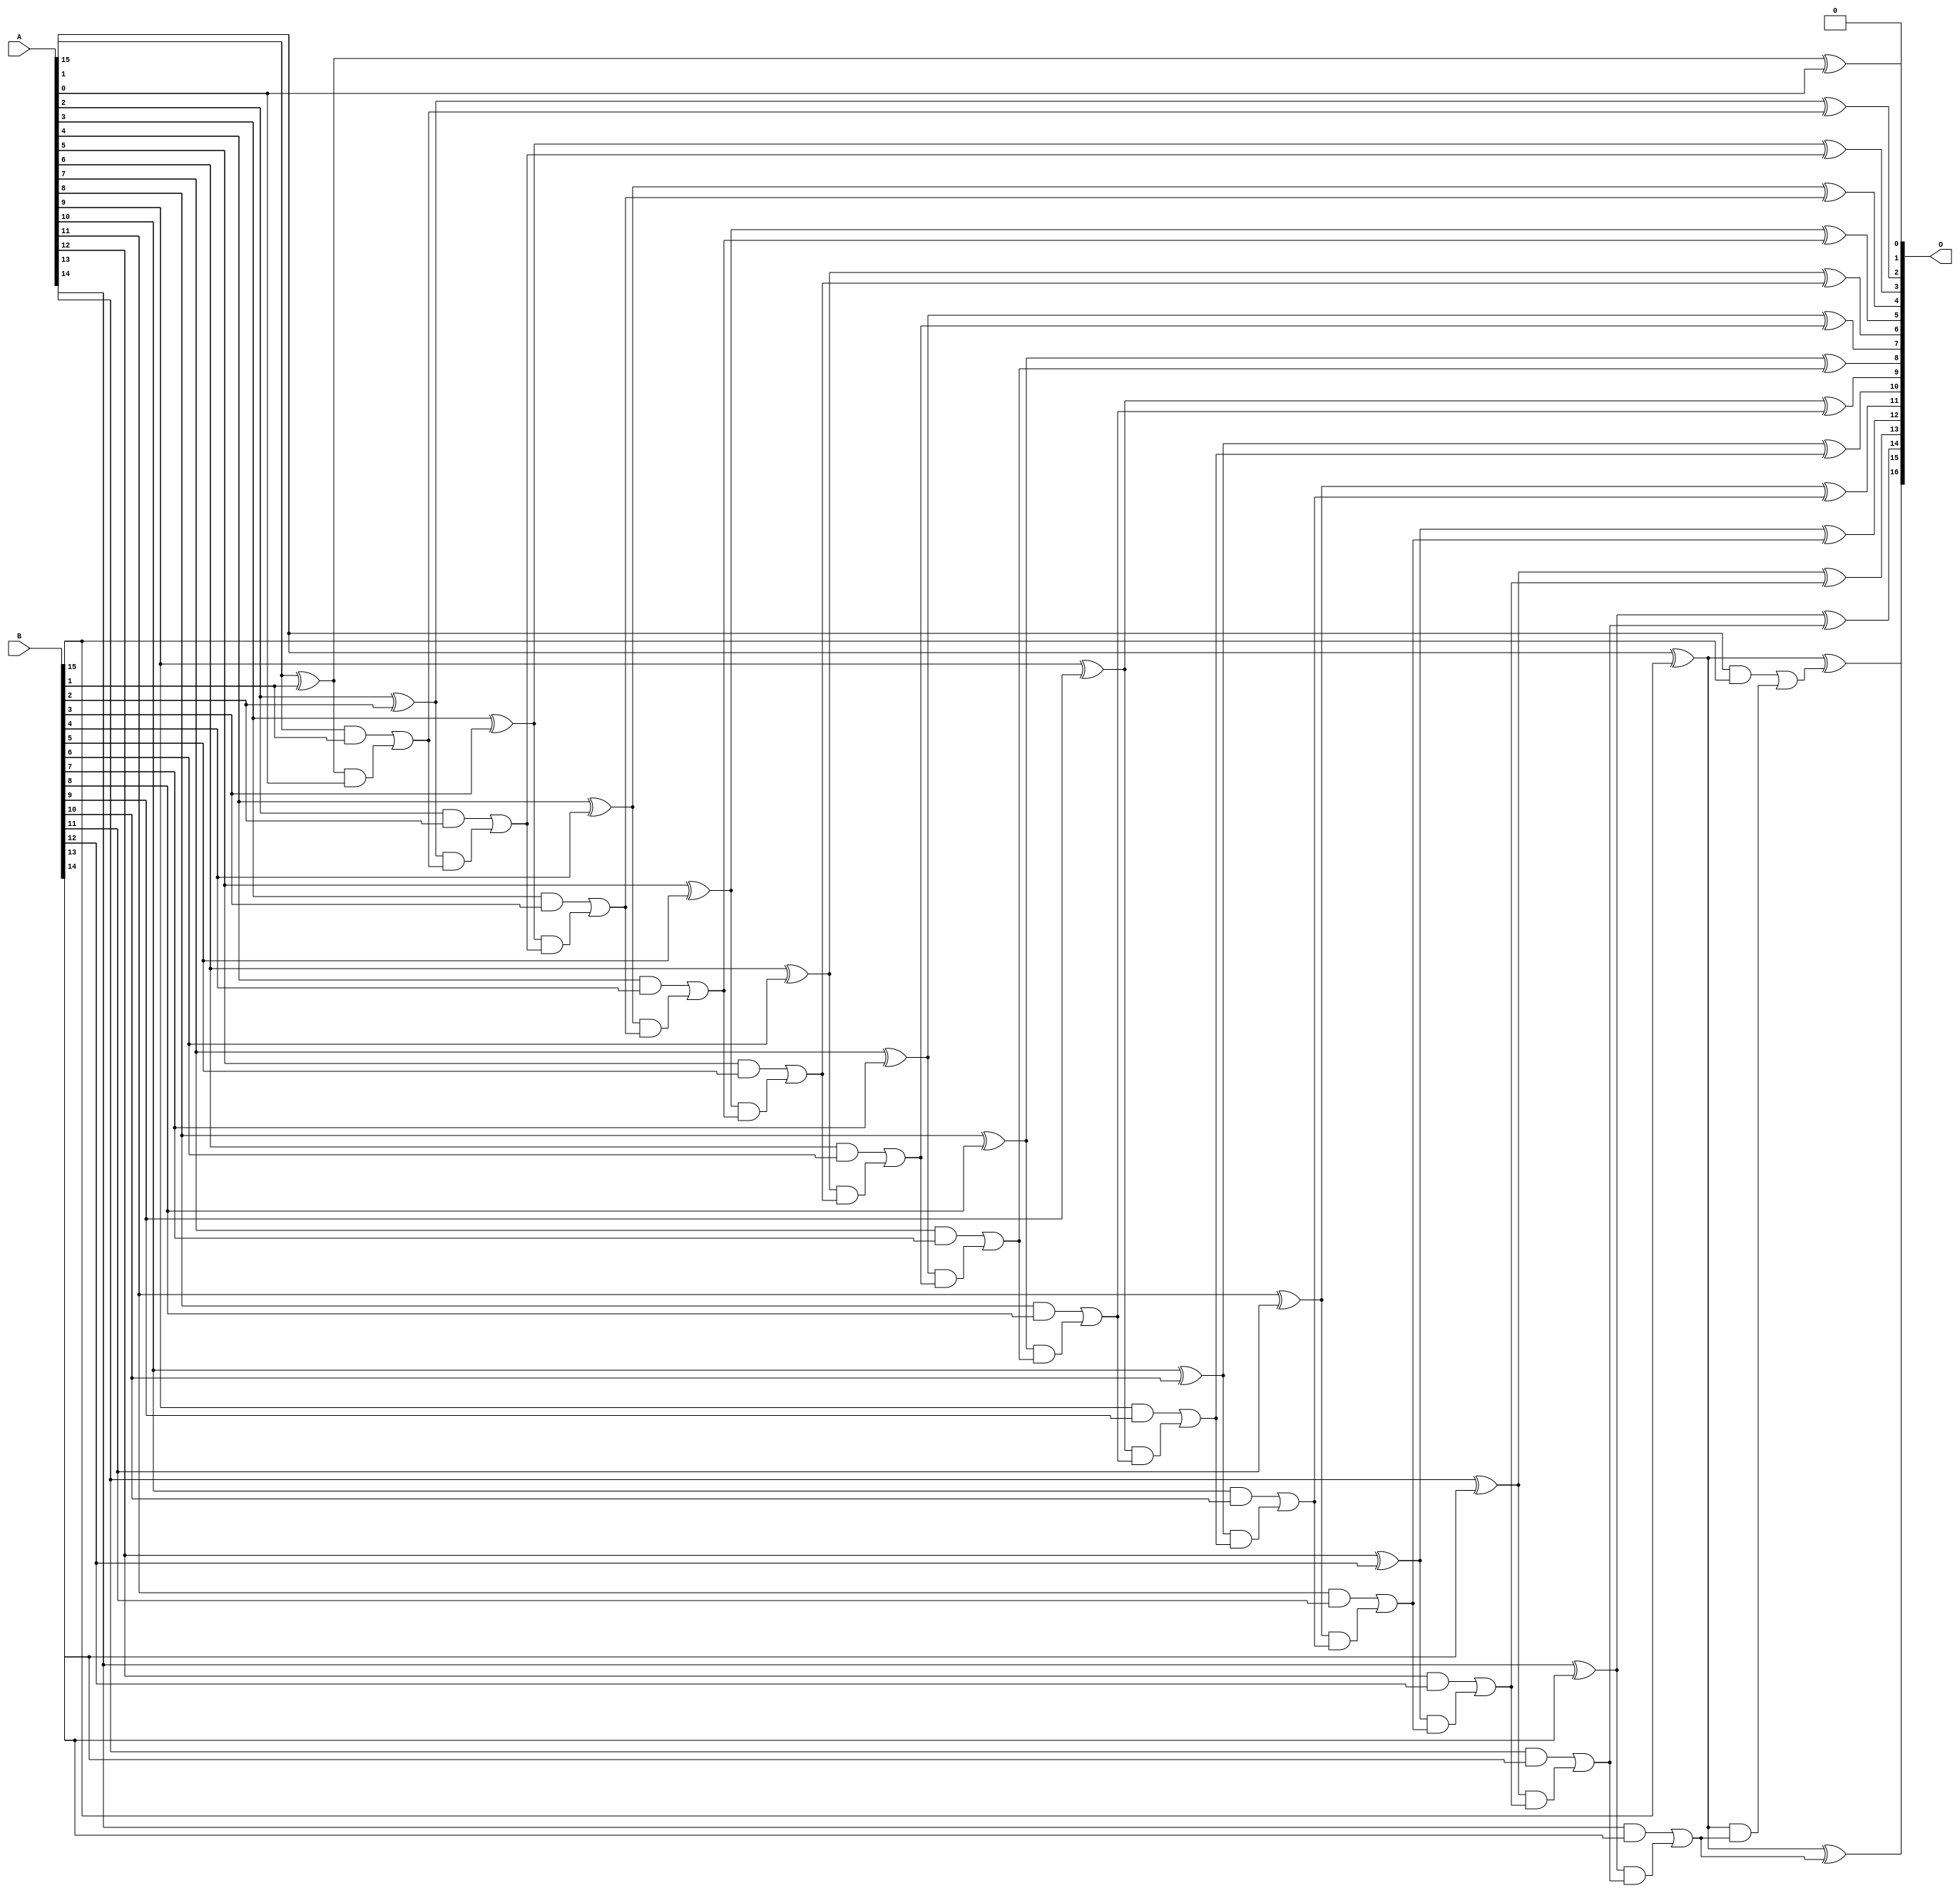
/***
* This code is a part of EvoApproxLib library (ehw.fit.vutbr.cz/approxlib) distributed under The MIT License.
* When used, please cite the following article(s): V. Mrazek, L. Sekanina, Z. Vasicek "Libraries of Approximate Circuits: Automated Design and Application in CNN Accelerators" IEEE Journal on Emerging and Selected Topics in Circuits and Systems, Vol 10, No 4, 2020 
* This file contains a circuit from a sub-set of pareto optimal circuits with respect to the pwr and mae parameters
***/
// MAE% = 0.00076 %
// MAE = 0.5 
// WCE% = 0.0015 %
// WCE = 1.0 
// WCRE% = 100.00 %
// EP% = 50.00 %
// MRE% = 0.017 %
// MSE = 0.5 
// PDK45_PWR = 0.071 mW
// PDK45_AREA = 138.0 um2
// PDK45_DELAY = 1.25 ns

module add16se_26Q (
    A,
    B,
    O
);

input [15:0] A;
input [15:0] B;
output [16:0] O;

wire sig_34,sig_35,sig_36,sig_37,sig_38,sig_39,sig_40,sig_41,sig_42,sig_43,sig_44,sig_45,sig_46,sig_47,sig_48,sig_49,sig_50,sig_51,sig_52,sig_53;
wire sig_54,sig_55,sig_56,sig_57,sig_58,sig_59,sig_60,sig_61,sig_62,sig_63,sig_64,sig_65,sig_66,sig_67,sig_68,sig_69,sig_70,sig_71,sig_72,sig_73;
wire sig_74,sig_75,sig_76,sig_77,sig_78,sig_79,sig_80,sig_81,sig_82,sig_83,sig_84,sig_85,sig_86,sig_87,sig_88,sig_89,sig_90,sig_91,sig_92,sig_93;
wire sig_94,sig_95,sig_96,sig_97,sig_98,sig_99,sig_100,sig_101,sig_102,sig_103,sig_104,sig_105,sig_106,sig_107,sig_108,sig_109,sig_110;

assign sig_34 = A[1] ^ B[1];
assign sig_35 = A[1] & B[1];
assign sig_36 = sig_34 & A[0];
assign sig_37 = sig_34 ^ A[0];
assign sig_38 = sig_35 | sig_36;
assign sig_39 = A[2] ^ B[2];
assign sig_40 = A[2] & B[2];
assign sig_41 = sig_39 & sig_38;
assign sig_42 = sig_39 ^ sig_38;
assign sig_43 = sig_40 | sig_41;
assign sig_44 = A[3] ^ B[3];
assign sig_45 = A[3] & B[3];
assign sig_46 = sig_44 & sig_43;
assign sig_47 = sig_44 ^ sig_43;
assign sig_48 = sig_45 | sig_46;
assign sig_49 = A[4] ^ B[4];
assign sig_50 = A[4] & B[4];
assign sig_51 = sig_49 & sig_48;
assign sig_52 = sig_49 ^ sig_48;
assign sig_53 = sig_50 | sig_51;
assign sig_54 = A[5] ^ B[5];
assign sig_55 = A[5] & B[5];
assign sig_56 = sig_54 & sig_53;
assign sig_57 = sig_54 ^ sig_53;
assign sig_58 = sig_55 | sig_56;
assign sig_59 = A[6] ^ B[6];
assign sig_60 = A[6] & B[6];
assign sig_61 = sig_59 & sig_58;
assign sig_62 = sig_59 ^ sig_58;
assign sig_63 = sig_60 | sig_61;
assign sig_64 = A[7] ^ B[7];
assign sig_65 = A[7] & B[7];
assign sig_66 = sig_64 & sig_63;
assign sig_67 = sig_64 ^ sig_63;
assign sig_68 = sig_65 | sig_66;
assign sig_69 = A[8] ^ B[8];
assign sig_70 = A[8] & B[8];
assign sig_71 = sig_69 & sig_68;
assign sig_72 = sig_69 ^ sig_68;
assign sig_73 = sig_70 | sig_71;
assign sig_74 = A[9] ^ B[9];
assign sig_75 = A[9] & B[9];
assign sig_76 = sig_74 & sig_73;
assign sig_77 = sig_74 ^ sig_73;
assign sig_78 = sig_75 | sig_76;
assign sig_79 = A[10] ^ B[10];
assign sig_80 = A[10] & B[10];
assign sig_81 = sig_79 & sig_78;
assign sig_82 = sig_79 ^ sig_78;
assign sig_83 = sig_80 | sig_81;
assign sig_84 = A[11] ^ B[11];
assign sig_85 = A[11] & B[11];
assign sig_86 = sig_84 & sig_83;
assign sig_87 = sig_84 ^ sig_83;
assign sig_88 = sig_85 | sig_86;
assign sig_89 = A[12] ^ B[12];
assign sig_90 = A[12] & B[12];
assign sig_91 = sig_89 & sig_88;
assign sig_92 = sig_89 ^ sig_88;
assign sig_93 = sig_90 | sig_91;
assign sig_94 = A[13] ^ B[13];
assign sig_95 = A[13] & B[13];
assign sig_96 = sig_94 & sig_93;
assign sig_97 = sig_94 ^ sig_93;
assign sig_98 = sig_95 | sig_96;
assign sig_99 = A[14] ^ B[14];
assign sig_100 = A[14] & B[14];
assign sig_101 = sig_99 & sig_98;
assign sig_102 = sig_99 ^ sig_98;
assign sig_103 = sig_100 | sig_101;
assign sig_104 = A[15] ^ B[15];
assign sig_105 = A[15] & B[15];
assign sig_106 = sig_104 & sig_103;
assign sig_107 = sig_104 ^ sig_103;
assign sig_108 = sig_105 | sig_106;
assign sig_109 = A[15] ^ B[15];
assign sig_110 = sig_109 ^ sig_108;

assign O[16] = sig_110;
assign O[15] = sig_107;
assign O[14] = sig_102;
assign O[13] = sig_97;
assign O[12] = sig_92;
assign O[11] = sig_87;
assign O[10] = sig_82;
assign O[9] = sig_77;
assign O[8] = sig_72;
assign O[7] = sig_67;
assign O[6] = sig_62;
assign O[5] = sig_57;
assign O[4] = sig_52;
assign O[3] = sig_47;
assign O[2] = sig_42;
assign O[1] = sig_37;
assign O[0] = 1'b0;

endmodule